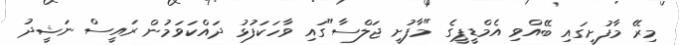
މިރޭ މާފުށީގައި ބޭއްވި އެމްޑީޕީގެ "މާފުށީ ޖަލްސާ"ގައި ވާހަކަފުޅު ދައްކަވަމުން ރައީސް ނަޝީދު